Civil Veterinary Department Bihar & Orissa reports 1911-21 - 1911-1921
Year: 1911
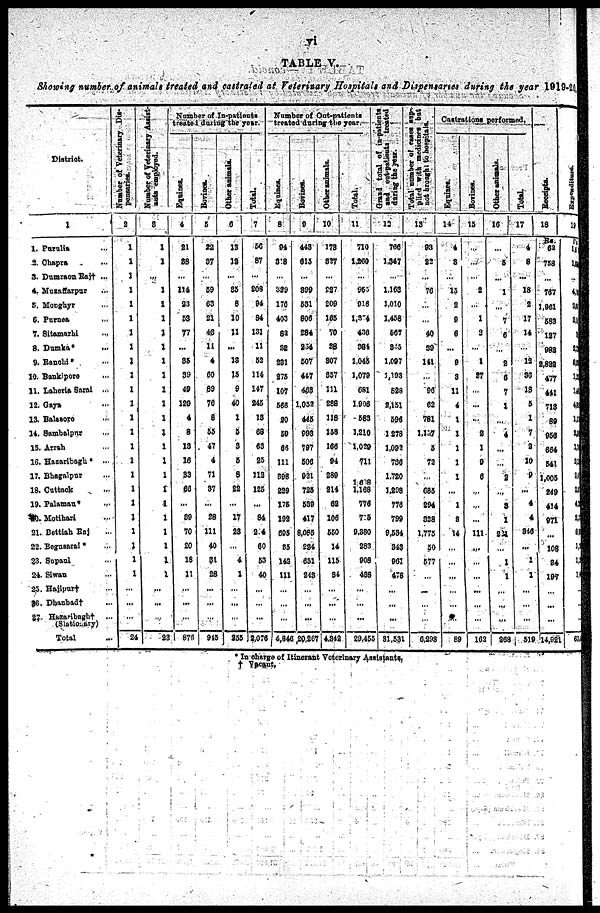
vi
TABLE V.
Showing number of animals treated and castrated at Veterinary Hospitals and Dispensartes during the year 1019-20.
District.
1
1. Paralia ...
2. Chapra ...
3. Dumraon Rait ...
4. Musaffarpur ...
5. Monghyr ...
6. Purnea ...
7. Sitamarhi ...
8. Damka ...
9. Ranohi ...
10. Bonkipore ...
11. Laheria Sarai ...
12. Gaya ...
13. Belasore ...
14. Sambalpur...
15. Arrah ...
16. Hazaribagh ...
17. Bhagalpur ...
18. Cuttack ...
19. Palaman ...
13. Motihari ...
21. Bettiah Raj ...
22. Bogasral ...
23. Supaul ...
24- Siwan ...
23. Hajipurt ...
26. Dbanbad† ...
27 Hazaribagli† ...
(Stationary)
Total ...
Number
of Veterinary Dis-
pensaries.
2
1
1
1
1
1
1
1
1
1
1
1
1
1
1
1
1
1
1
1
1
1
1
1
1
...
...
...
24
Number of Veterinary Assist-
ants employed.
3
1
1
...
1
1
1
1
1
1
1
1
1
1
1
1
1
1
1
1
1
1
1
1
1
...
...
...
23
Number of In-patients
treated during the year.
Equines.
4
21
88
...
116
23
5S
77
...
86
39
40
120
4
8
13
16
33
60
...
39
70
20
18
11
...
...
...
876
Bovines
5
22
37
...
59
03
21
48
11
4
00
89
70
8
55
47
4
71
37
...
28
111
40
31
28
...
...
...
915
Other animals .
0
13
12
...
85
8
10
11
...
18
15
9
40
1
5
3
5
8
22
...
17
28
...
4
1
...
...
...
255
Total .
7
56
87
...
208
94
84
131
11
52
114
147
245
18
08
63
25
113
125
...
84
2 4
60
53
40
...
...
...
2,078
Number of Out-patients
treated during the year
Equines.
8
94
3'8
...
329
170
403
83
52
231
275
107
566
90
50
66
111
808
229
175
193
805
85
142
111
...
...
...
4.846
Bovines.
0
443
615
...
899
531
806
284
834
507
4i7
463
1,052
445
093
797
506
921
725
530
417
8.0P5
284
651
248
...
...
...
20.267
Other animals.
10
178
827
...
227
200
165
70
30
807
857
111
288
118
158
166
04
289
214
62
106
550
14
115
34
...
...
...
4.842
Total.
11
710
1,260
...
957
016
1,374
436
384
1,045
1,079
081
1.906
583
1,210
1,029
711
1,608
1,168
776
7 5
9.380
283
908
438
...
...
...
29,455
Grand total of in-patients
aad
out-patiets treated
during
the year.
12
766
1.347
...
1.163
1.010
1.458
567
865
1.007
1,193
528
2.151
506
1278
1.092
730
1.720
1,208
776
799
9,584
343
901
478
...
...
...
81,531
Total number of cases sap-
plied
with medicines but
not
brought
to hospitals.
13
03
82
...
70
...
...
40
39
141
...
96
62
781
1.157
5
72
...
685
204
828
1,775
50
577
...
...
...
...
6,298
Castrations performed.
Equines.
14
4
8
...
15
2
9
6
...
9
3
11
4
1
1
1
1
1
...
1
8
14
...
...
...
...
...
...
89
Bovines.
15
...
...
...
2
...
1
2
...
1
27
...
...
...
2
1
9
6
...
...
...
111
...
...
...
...
...
...
102
Other animals.
10
...
5
...
1
...
7
6
...
2
6
7
1
...
4
...
...
2
...
8
1
221
...
1
1
...
...
...
268
Total
17
4
8
...
18
2
17
14
...
13
36
18
5
1
7
2
10
9
...
4
4
316
...
1
1
...
...
...
1 510
Recei pt s .
18
Rs.
62
758
...
767
1,961
583
127
982
2.822
477
441
718
89
956
664
541
1,003
249
414
071
...
108
84
107
...
...
...
14,921
Expendit
19
u
18
...
...
28
84
i
22
89
12
15
41
11
85
1
21
21
21
42
23
88
1
1
1
...
...
...
65
* In charge of Itinerant Veterinary Assistants,
† Vacant,